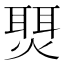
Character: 𬋇